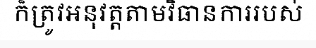
ក៏ត្រូវអនុវត្តតាមវិធានការរបស់